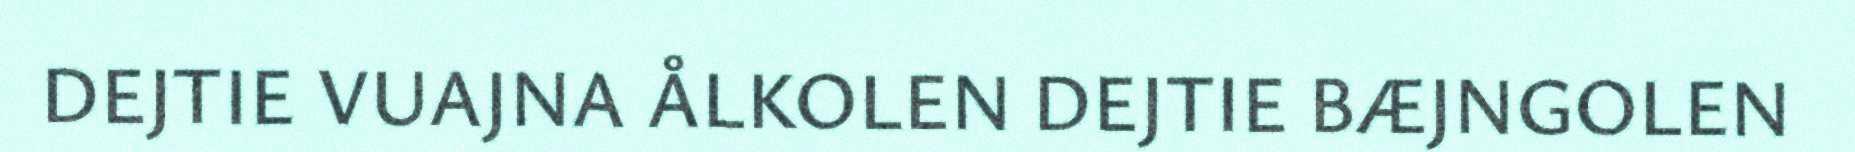
DEJTIE VUAJNA ÅLKOLEN DEJTIE BÆJNGOLEN